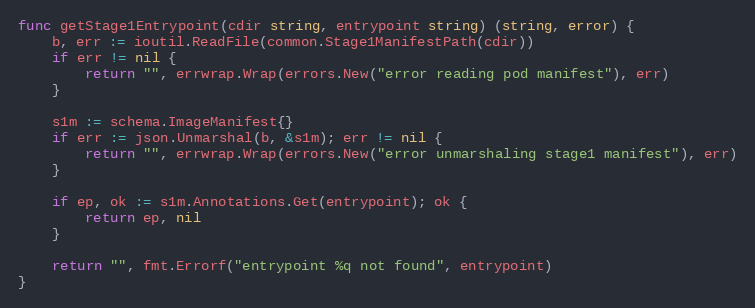
Language: Go
func getStage1Entrypoint(cdir string, entrypoint string) (string, error) {
	b, err := ioutil.ReadFile(common.Stage1ManifestPath(cdir))
	if err != nil {
		return "", errwrap.Wrap(errors.New("error reading pod manifest"), err)
	}

	s1m := schema.ImageManifest{}
	if err := json.Unmarshal(b, &s1m); err != nil {
		return "", errwrap.Wrap(errors.New("error unmarshaling stage1 manifest"), err)
	}

	if ep, ok := s1m.Annotations.Get(entrypoint); ok {
		return ep, nil
	}

	return "", fmt.Errorf("entrypoint %q not found", entrypoint)
}